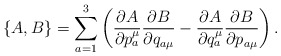
\begin{align*}\{A,B\}=\sum_{a=1}^3\left(\frac{\partial A}{\partial {p_a^\mu}}\frac{\partial B}{\partial {q_{a\mu}}}-\frac{\partial A}{\partial {q_a^\mu}}\frac{\partial B}{\partial {p_{a\mu}}}\right).\end{align*}